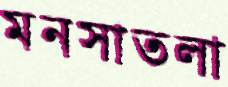
মনসাতলা